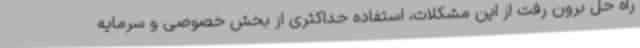
راه حل برون رفت از این مشکلات، استفاده حداکثری از بخش خصوصی و سرمایه